Report of the Indian Hemp Drugs Commission, 1894-1895 - Volume VIII
Year: 1894
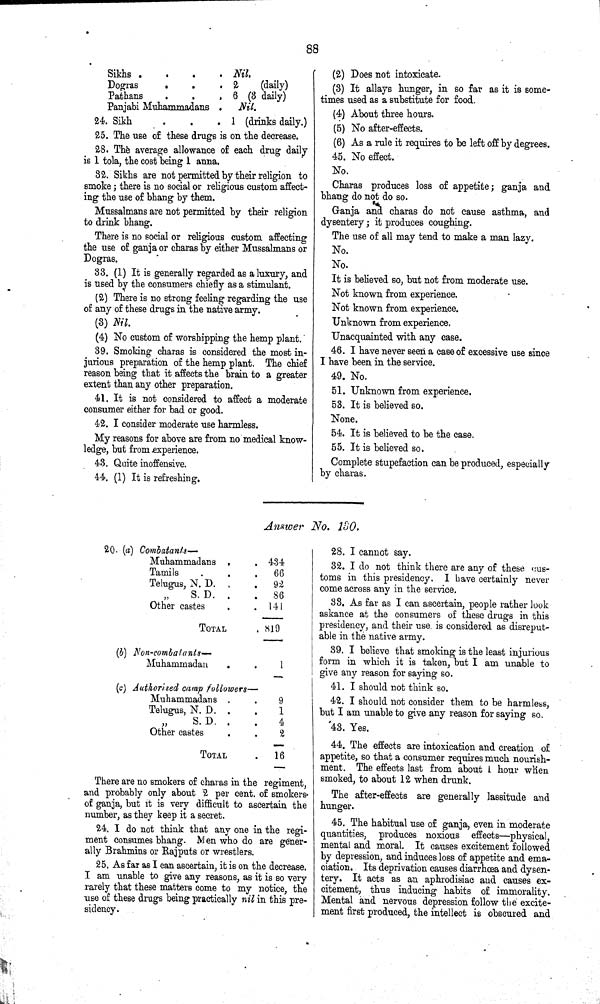
88
Sikhs
Nil.
Dogras
2
(daily)
Pathans
6 (3 daily)
Panjabi Muhammadans
Nil.
24. Sikh
1 (drinks daily.)
25. The use of these drugs is on the decrease.
28. The average allowance of each drug daily
is 1 tola, the cost being 1 anna.
32. Sikhs are not permitted by their religion to
smoke; there is no social or religious custom affect-
ing the use of bhang by them.
Mussalmans are not permitted by their religion
to drink bhang.
There is no social or religious custom affecting
the use of ganja or charas by either Mussalmans or
Dogras.
33. (1) It is generally regarded as a luxury, and
is used by the consumers chiefly as a stimulant.
(2) There is no strong feeling regarding the use
of any of these drugs in the native army.
(3) Nil.
(4) No custom of worshipping the hemp plant.
39. Smoking charas is considered the most in-
jurious preparation of the hemp plant. The chief
reason being that it affects the brain to a greater
extent than any other preparation.
41. It is not considered to affect a moderate
consumer either for bad or good.
42. I consider moderate use harmless.
My reasons for above are from no medical know-
ledge, but from experience.
43. Quite inoffensive.
44. (1) It is refreshing.
(2) Does not intoxicate.
(3) It allays hunger, in so far as it is some-
times used as a substitute for food.
(4) About three hours.
(5) No after-effects.
(6) As a rule it requires to be left off by degrees.
45. No effect.
No.
Charas produces loss of appetite; ganja and
bhang do not do so.
Ganja and charas do not cause asthma, and
dysentery; it produces coughing.
The use of all may tend to make a man lazy.
No.
No.
It is believed so, but not from moderate use.
Not known from experience.
Not known from experience.
Unknown from experience.
Unacquainted with any case.
46. I have never seen a case of excessive use since
I have been in the service.
49. No.
51. Unknown from experience.
53. It is believed so.
None.
54. It is believed to be the case.
55. It is believed so.
Complete stupefaction can be produced, especially
by charas.
Answer No. 130..
20. (a) Combatants—
Muhammadans
434
Tamils
66
Telugus, N. D.
92
"
S.D.
86
Other castes
141
TOTAL
819
(b) Non-combatants—
Muhammadan
1
(c) Authorised camp followers—
Muhammadans
9
Telugus, N. D.
1
" S. D.
4
Other castes
2
TOTAL
16
There are no smokers of charas in the regiment,
and probably only about 2 per cent. of smokers
of ganja, but it is very difficult to ascertain the
number, as they keep it a secret.
24. I do not think that any one in the regi-
ment consumes bhang. Men who do are gener-
ally Brahmins or Rajputs or wrestlers.
25. As far as I can ascertain, it is on the decrease.
I am unable to give any reasons, as it is so very
rarely that these matters come to my notice, the
use of these drugs being practically nil in this pre-
sidency.
28. I cannot say.
32. I do not think there are any of these cus-
toms in this presidency. I have certainly never
come across any in the service.
33. As far as I can ascertain, people rather look
askance at the consumers of these drugs in this
presidency, and their use is considered as disreput-
able in the native army.
39. I believe that smoking is the least injurious
form in which it is taken, but I am unable to
give any reason for saying so.
41. I should not think so.
42. I should not consider them to be harmless,
but I am unable to give any reason for saying so.
43. Yes.
44. The effects are intoxication and creation of
appetite, so that a consumer requires much nourish-
ment. The effects last from about I hour when
smoked, to about 12 when drunk.
The after-effects are generally lassitude and
hunger.
45. The habitual use of ganja, even in moderate
quantities, produces noxious effects—physical,
mental and moral. It causes excitement followed
by depression, and induces loss of appetite and ema-
ciation. Its deprivation causes diarrhœa and dysen-
tery. It acts as an aphrodisiac and causes ex-
citement, thus inducing habits of immorality.
Mental and nervous depression follow the excite-
ment first produced, the intellect is obscured and